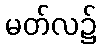
မတ်လ၌